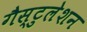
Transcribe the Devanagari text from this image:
गैस्टुलेशन